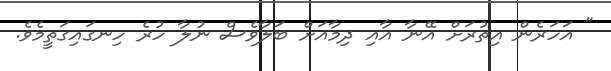
" އަހަރެން އިތުރަށް އޭނާ އާއި ދިމާއަށް ބަލާވެސް ނުލާ ހުރެ ހިނގައިގަތީމެވެ.